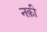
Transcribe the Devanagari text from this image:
नक़ी